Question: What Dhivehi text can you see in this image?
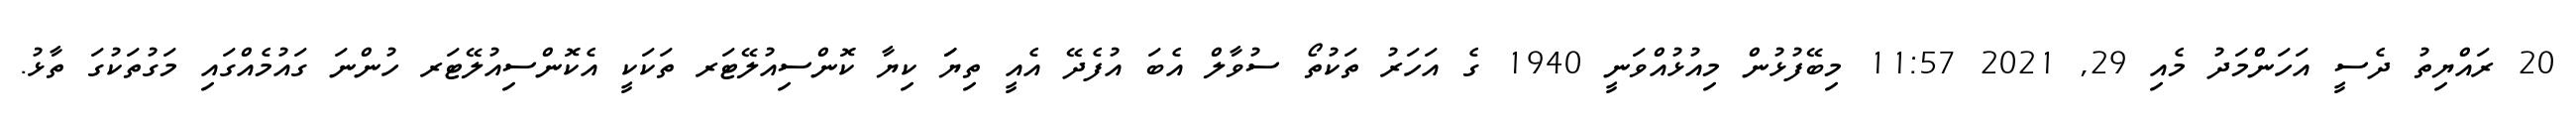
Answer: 20 ރައްޔިތު ދެސީ އަހަންމަދު މެއި 29, 2021 11:57 މިބޭފުޅުން މިއުޅުއްވަނީ 1940 ގެ އަހަރު ތަކުތޯ ސުވާލް އެބަ އުފެދޭ އެއީ ތިޔަަ ކިޔާ ކޮންސިއުލޭޓަރ ތަކަކީ އެކޮންސިއުލޭޓަރ ހުންނަ ގައުމެއްގައި މަގުތަކުގަ ތާޅު.